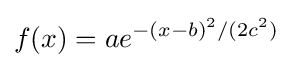
f(x)=ae^{-(x-b)^{2}/(2c^{2})}